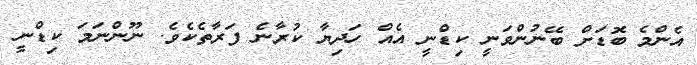
އެންމެ ބޮޑަށް ބޭނުންވަނީ ކިޑްނީ އެއް ހަދިޔާ ކުރާނެ ފަރާތެކެވެ. ނޫންނަމަ ކިޑްނީ